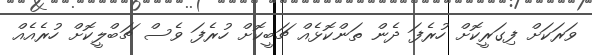
ވަރަކަށް ފިގަރީކޮށް ހުރެފަ ދެން ތަންކޮޅެއް ޗަބީކޮށް ހުރެފަ ވެސް ޗަބްލީކޮށް ހުރެއެއް